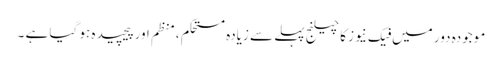
موجودہ دور میں فیک نیوز کا چیلنج پہلے سے زیادہ مستحکم ،منظم اور پیچیدہ ہو گیا ہے ۔